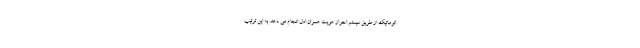
اتوماتیک از طریق سیستم احراز هویت همران اول انجام می دهد. به این ترتیب